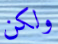
ولكن